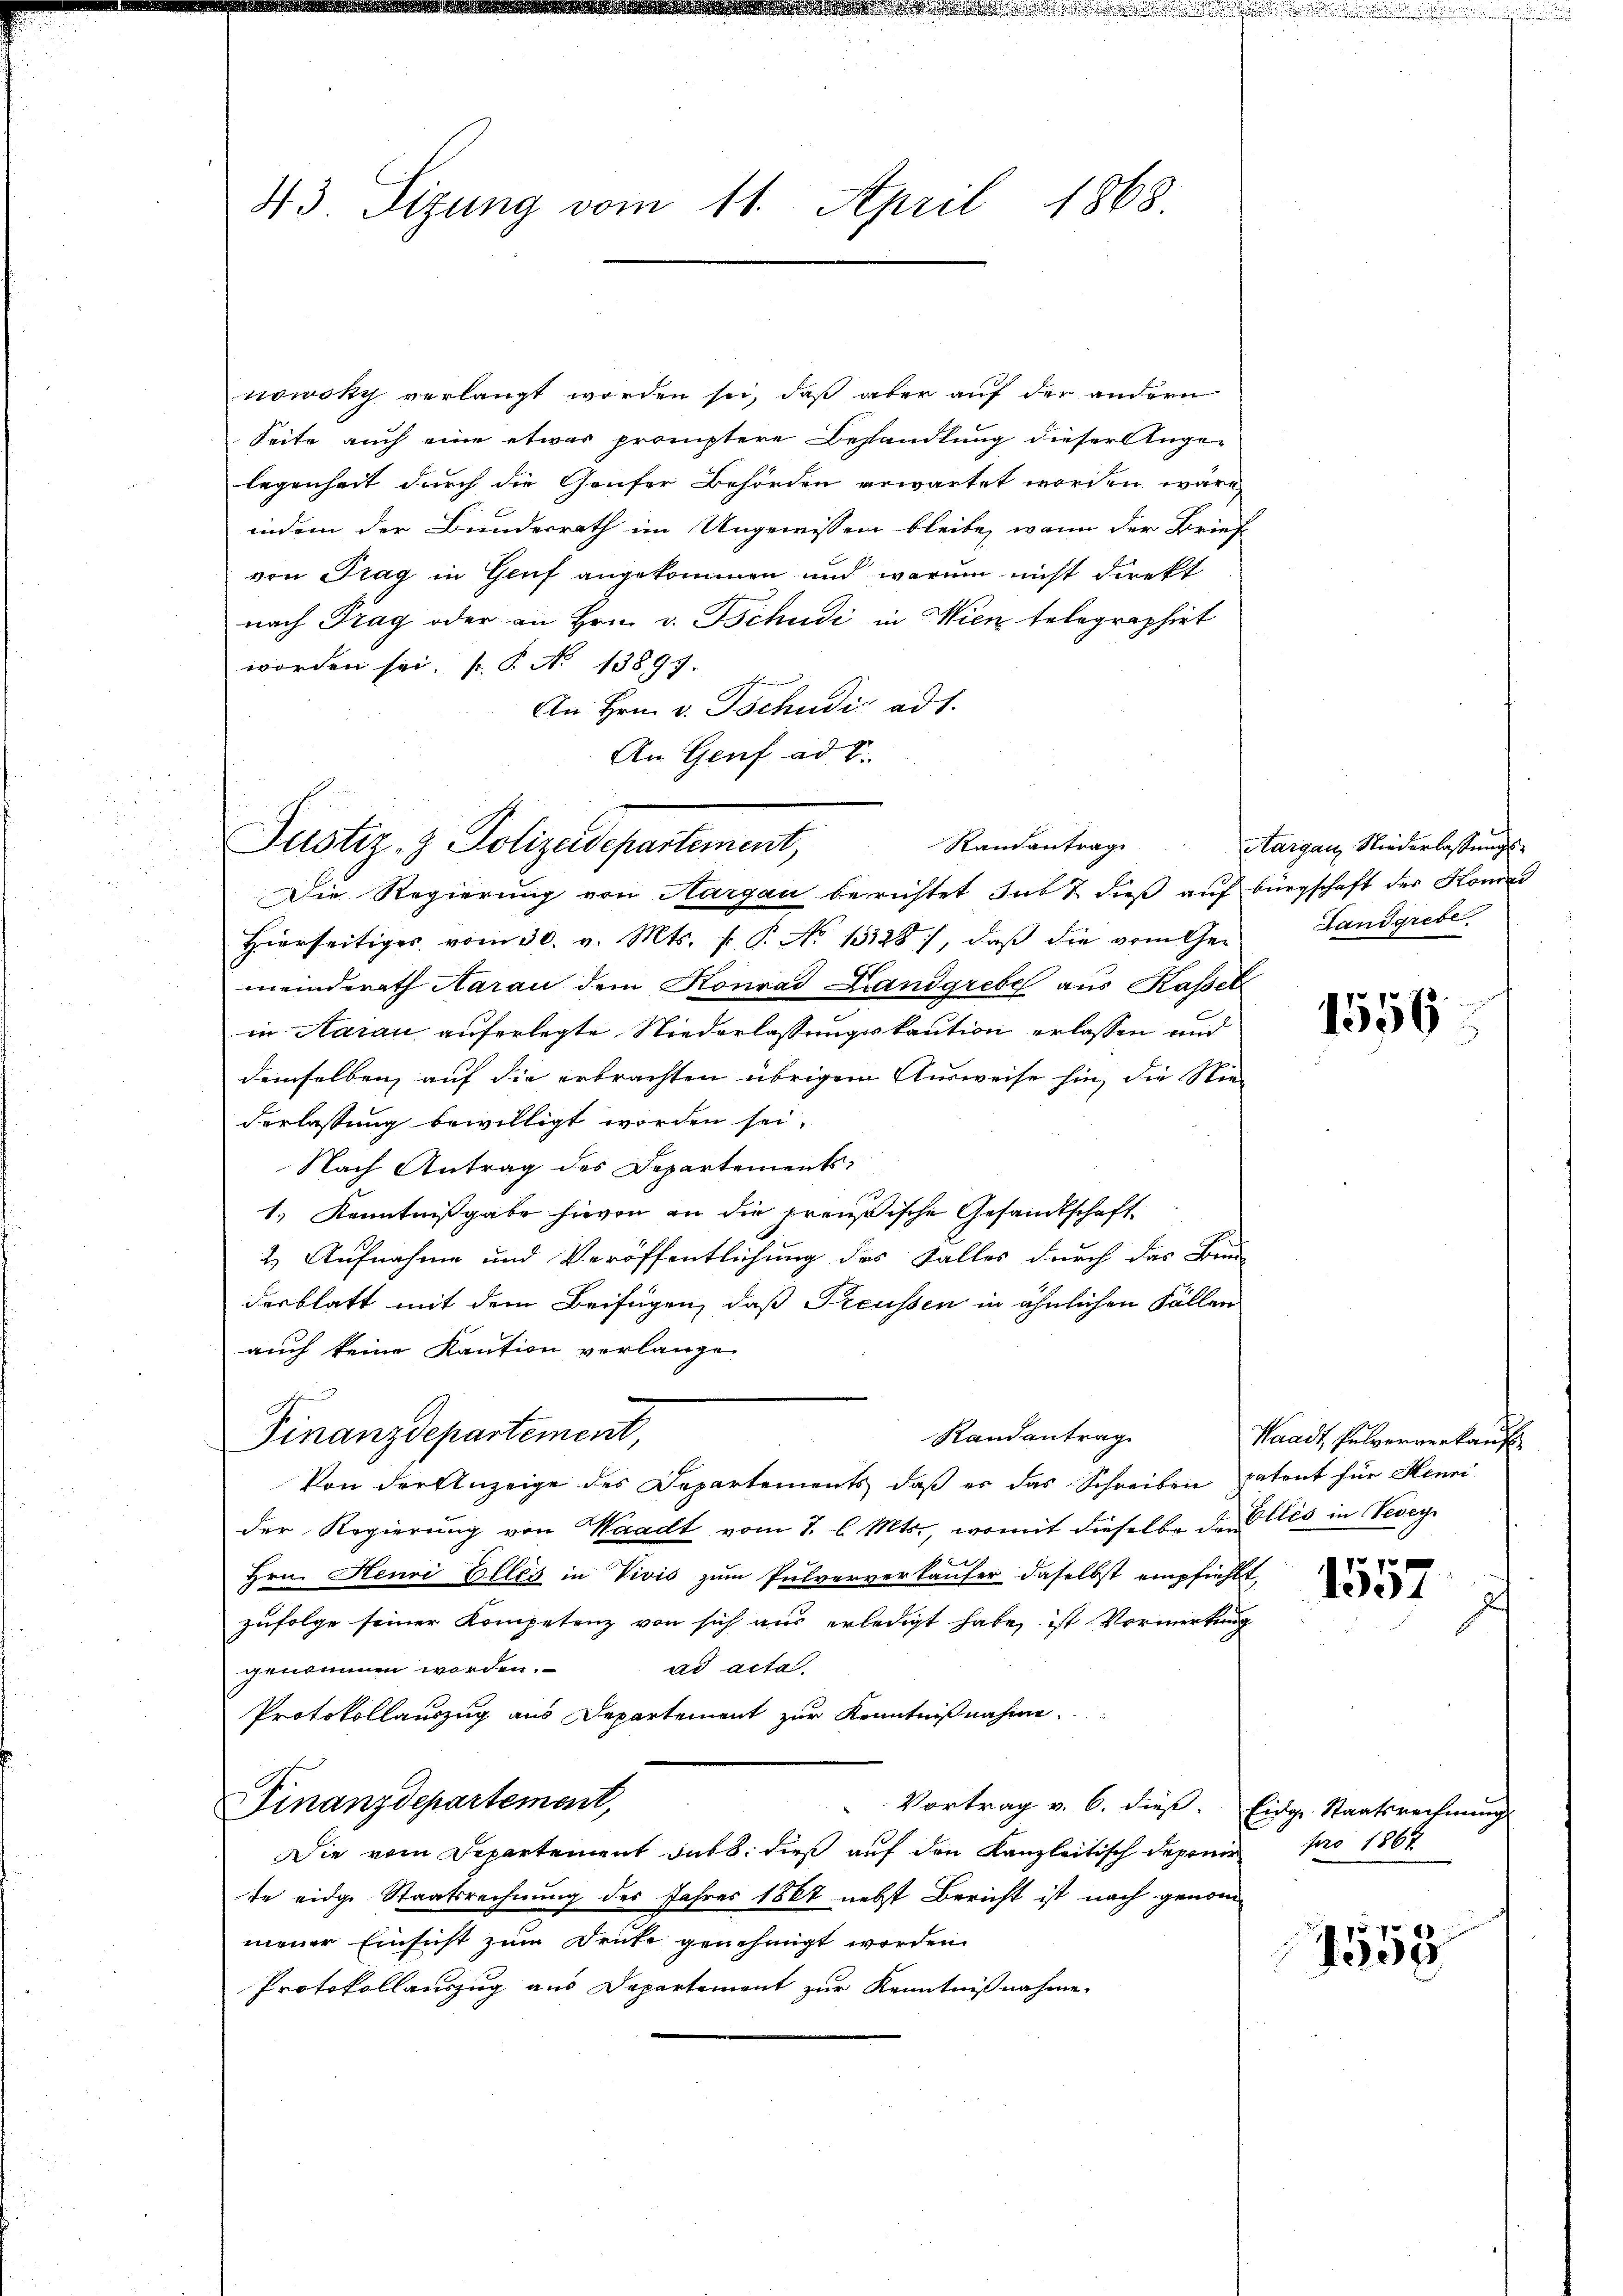
43 Sizung vom 11. April 1868.

nowsky verlangt worden sei, daß aber auf der andern
Seite auch eine etwas promptere Behandlung dieser Ange-
legenheit durch die Genfer Behörden erwartet worden wäre
indem der Bundesrath im Ungewissen bleibe, wann der Brief
von Trag in Genf angekommen und warum nicht direkt
nach Trag oder an Hrn. v. Tschudi in Wien telegraphirt
worden sei. (§. No 13897. 4
An Hrn. v. Tschudi ad 1.
An Genf ad 1.

Randantrag
Justiz- & Polizeidepartement,

h

Die Regierung von Aargau berichtet sub & dieß auf Bürgschaft der Konrad
Hierseitiges vom 30. v. Mts. f. P. No 13328), daβ die vom Ge-
meinderath Aarau dem Konrad Landgrebe aus Kassel
in Aarau auferlegte Niederlassungskaution erlassen und
demselben, auf die erbrachten übrigem Ausweise hin, die Niederlassung bewilligt worden sei.
Nach Antrag des Departements
1.) Kenntnißgabe hievon an die preußische Gesandtschaft
2) Aufnahme und Veröffentlichung des Falles durch das Bin
desblatt mit dem Beifügen, daß Preussen in ähnlichen Fällen
auch keine Kaution verlangen
Finanzdepartement,
Von der Anzeige des Departements, daß es das Schreiben patent für Henni
der Regierung von Waadt vom 7. d. Mts., womit dieselbe der Elles in Vevey
6
Hrn. Henri Elles in Vivis zum Pulververkäufer daselbst empfiehlt,
zufolge seiner Kompetenz von sich aus erledigt habe, ist Vormerkung
ad acta.
genommen worden.
Protokollauszug aus Departement zur Kenntnißnahme
Finanzdepartement,
Vortrag v. 6. dieß. Eidg. Staatsrechnung
Die vom Departement dabei dieß auf den Kanzleitisch deponie pro 1867
te eidge Staatsrechnung des Jahres 1867 nebst Bericht ist nach genommener Einsicht zum Deute genehmigt worden.
Protokollauszug aus Departement zur Kenntnißnahme

Randantrag

.

Aargau, Niederlassungs
Landgrebe

e

1556

Waadt, Pulververkauf

1557

1558